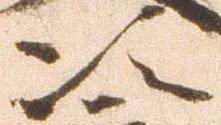
次